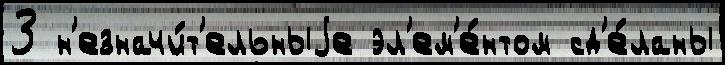
3 н'езначи́т'ельныjе эл'ем'е́нтом сд'е́ланы